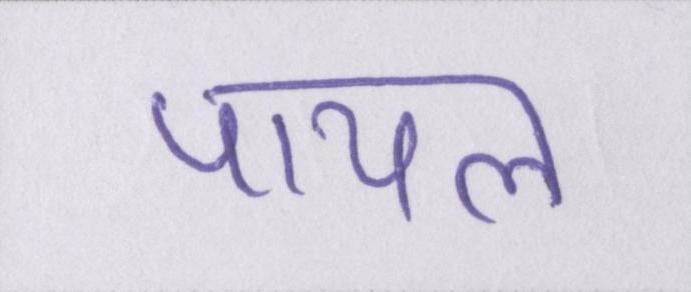
पायल